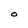
Character: O